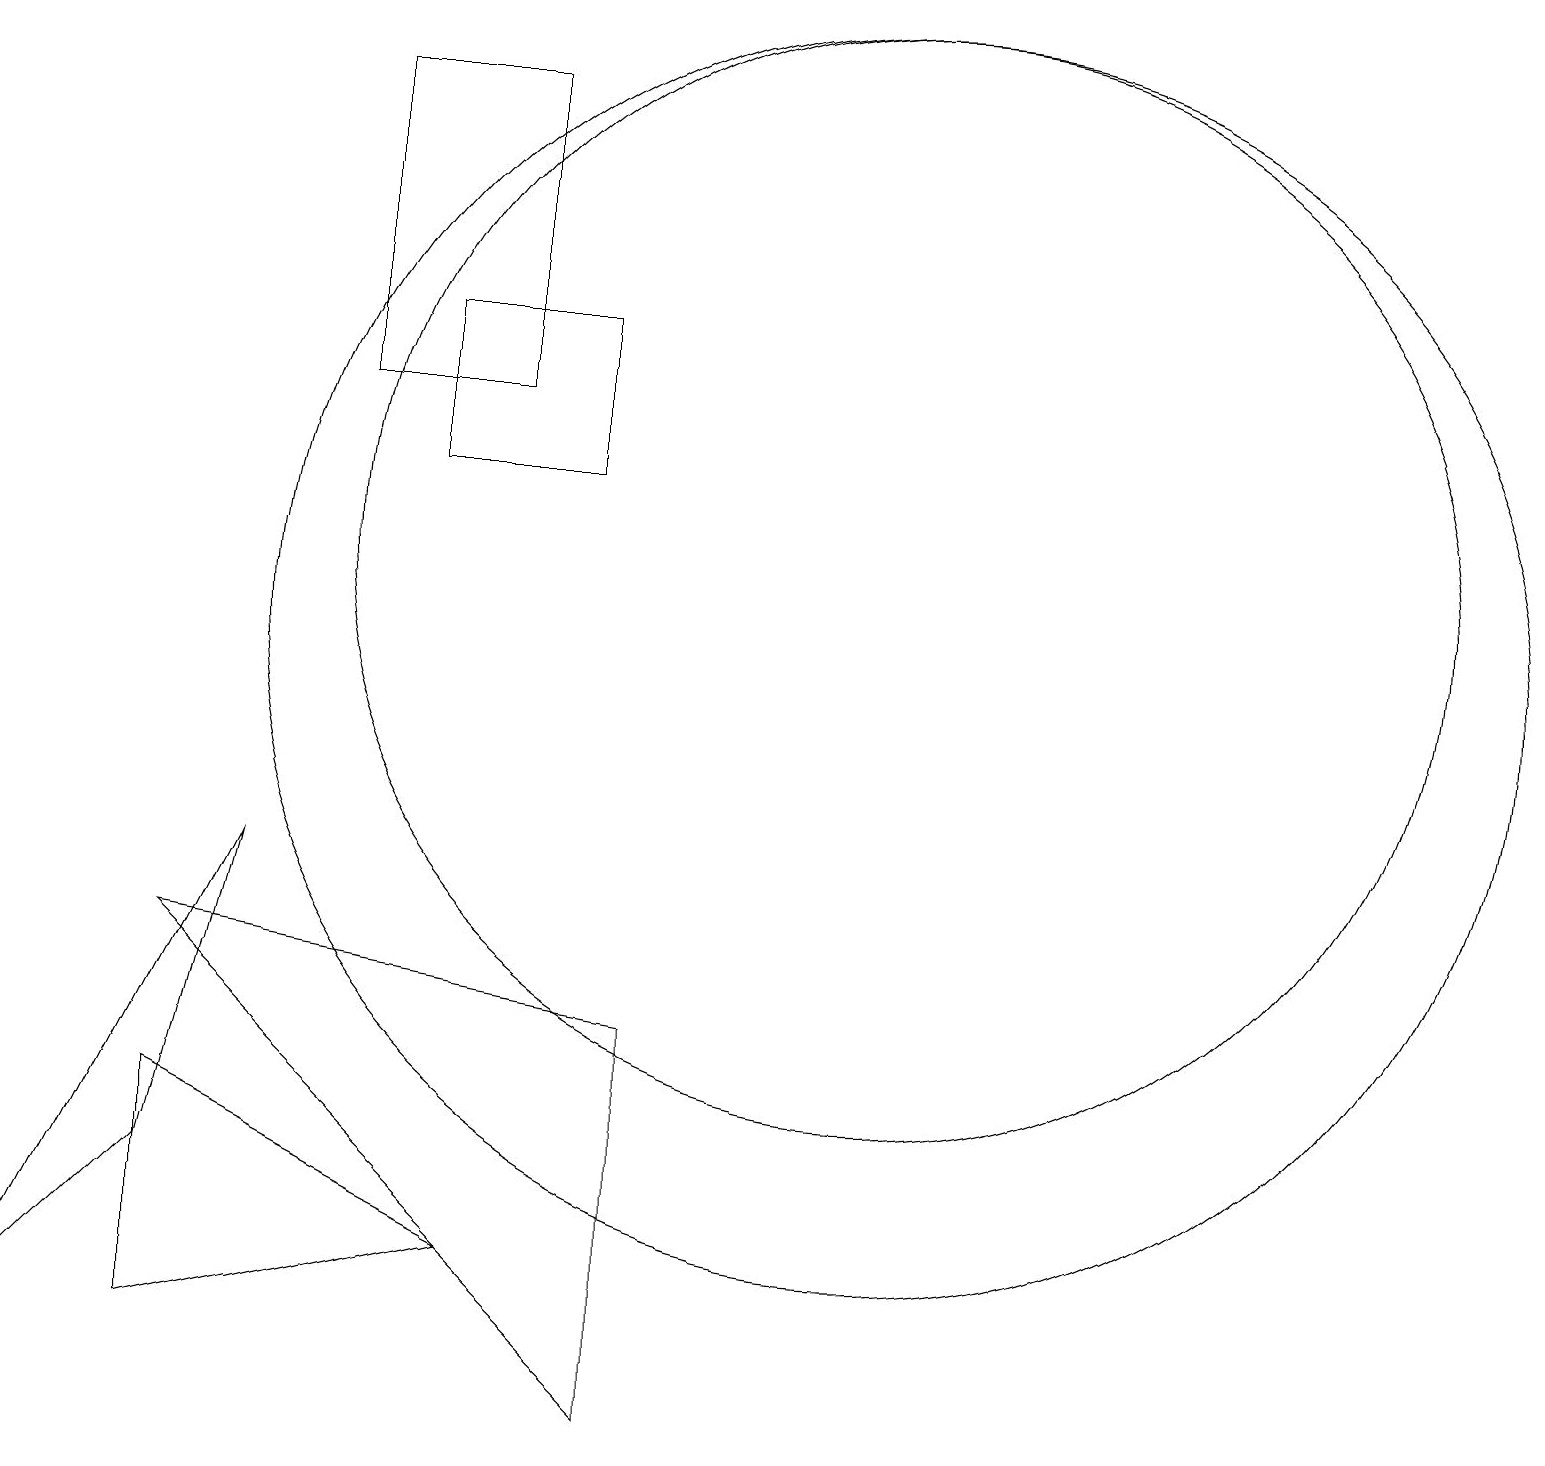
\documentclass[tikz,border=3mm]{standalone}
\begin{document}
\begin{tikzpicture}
\draw (7,15) rectangle (5,13);
\draw (11,12) circle (7);
\draw (11,11) circle (8);
\draw (2,4) -- (0,2) -- (3,8) -- cycle;
\draw (2,2) -- (2,5) -- (6,3) -- cycle;
\draw (6,14) rectangle (4,18);
\draw (8,6) -- (2,7) -- (8,1) -- cycle;
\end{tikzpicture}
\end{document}